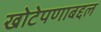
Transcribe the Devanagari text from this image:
खोटेपणाबद्दल